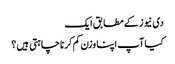
دی نیوز کے مطابق ایک
کیا آپ اپنا وزن کم کرنا چاہتی ہیں ؟